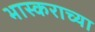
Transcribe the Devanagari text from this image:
भास्कराच्या